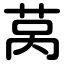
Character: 莴